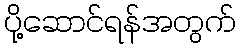
ပို့ဆောင်ရန်အတွက်